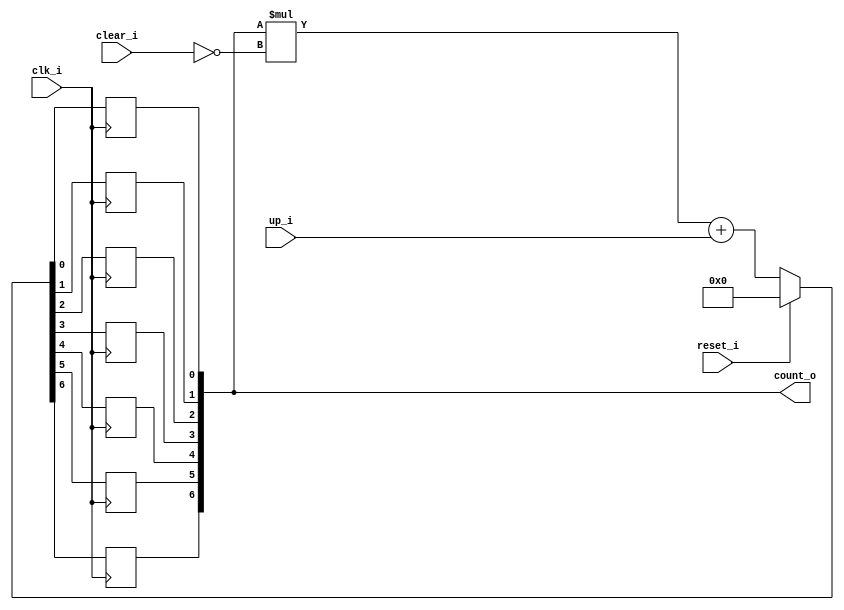
module bsg_counter_clear_up_max_val_p64_init_val_p0
(
  clk_i,
  reset_i,
  clear_i,
  up_i,
  count_o
);

  output [6:0] count_o;
  input clk_i;
  input reset_i;
  input clear_i;
  input up_i;
  wire [6:0] count_o;
  wire N0,N1,N2,N3,N4,N5,N6,N7,N8,N9,N10,N11,N12,N13,N14,N15,N16,N17,N18,N19,N20,N21,
  N22,N23,N24,N25,N26;
  reg count_o_6_sv2v_reg,count_o_5_sv2v_reg,count_o_4_sv2v_reg,count_o_3_sv2v_reg,
  count_o_2_sv2v_reg,count_o_1_sv2v_reg,count_o_0_sv2v_reg;
  assign count_o[6] = count_o_6_sv2v_reg;
  assign count_o[5] = count_o_5_sv2v_reg;
  assign count_o[4] = count_o_4_sv2v_reg;
  assign count_o[3] = count_o_3_sv2v_reg;
  assign count_o[2] = count_o_2_sv2v_reg;
  assign count_o[1] = count_o_1_sv2v_reg;
  assign count_o[0] = count_o_0_sv2v_reg;

  always @(posedge clk_i) begin
    if(1'b1) begin
      count_o_6_sv2v_reg <= N19;
    end 
  end


  always @(posedge clk_i) begin
    if(1'b1) begin
      count_o_5_sv2v_reg <= N18;
    end 
  end


  always @(posedge clk_i) begin
    if(1'b1) begin
      count_o_4_sv2v_reg <= N17;
    end 
  end


  always @(posedge clk_i) begin
    if(1'b1) begin
      count_o_3_sv2v_reg <= N16;
    end 
  end


  always @(posedge clk_i) begin
    if(1'b1) begin
      count_o_2_sv2v_reg <= N15;
    end 
  end


  always @(posedge clk_i) begin
    if(1'b1) begin
      count_o_1_sv2v_reg <= N14;
    end 
  end


  always @(posedge clk_i) begin
    if(1'b1) begin
      count_o_0_sv2v_reg <= N13;
    end 
  end

  assign { N12, N11, N10, N9, N8, N7, N6 } = { N26, N25, N24, N23, N22, N21, N20 } + up_i;
  assign { N19, N18, N17, N16, N15, N14, N13 } = (N0)? { 1'b0, 1'b0, 1'b0, 1'b0, 1'b0, 1'b0, 1'b0 } : 
                                                 (N1)? { N12, N11, N10, N9, N8, N7, N6 } : 1'b0;
  assign N0 = reset_i;
  assign N1 = N2;
  assign { N26, N25, N24, N23, N22, N21, N20 } = count_o * N4;
  assign N2 = ~reset_i;
  assign N3 = N2;
  assign N4 = ~clear_i;
  assign N5 = N3 & N4;

endmodule